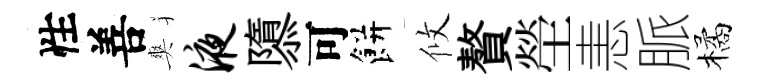
性善爽液隳可餅攸贅塋恚脈橘